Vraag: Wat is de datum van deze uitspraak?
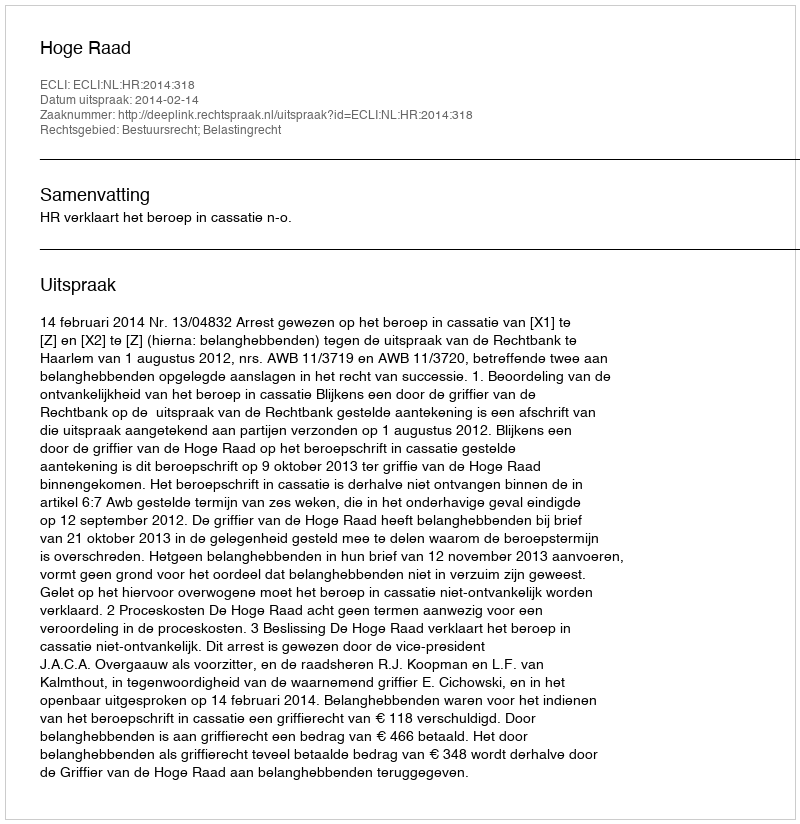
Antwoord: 2014-02-14